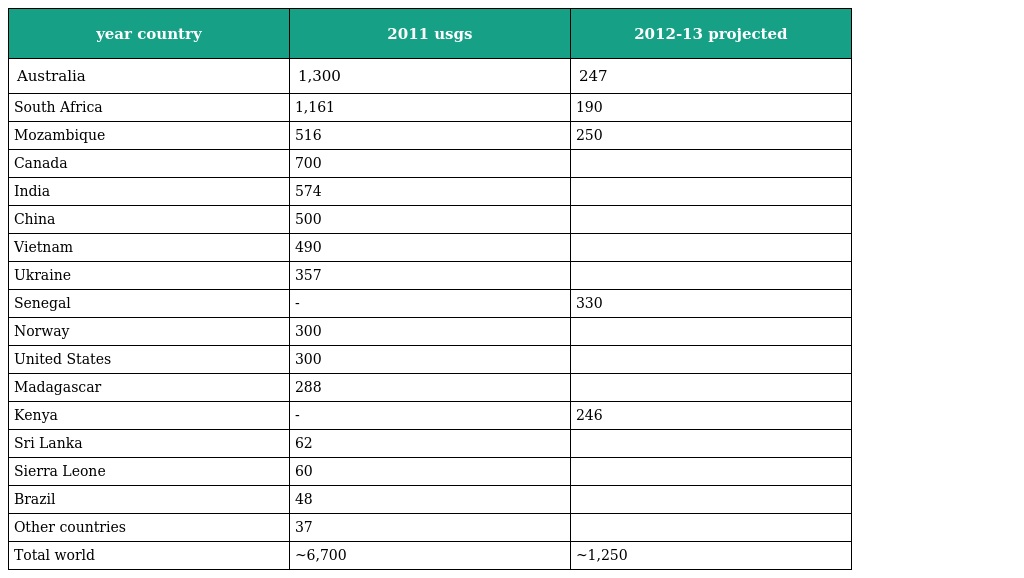
| year country | 2011 usgs | 2012-13 projected |
 | --- | --- | --- |
 | Australia | 1,300 | 247 |
 | South Africa | 1,161 | 190 |
 | Mozambique | 516 | 250 |
 | Canada | 700 |  |
 | India | 574 |  |
 | China | 500 |  |
 | Vietnam | 490 |  |
 | Ukraine | 357 |  |
 | Senegal | - | 330 |
 | Norway | 300 |  |
 | United States | 300 |  |
 | Madagascar | 288 |  |
 | Kenya | - | 246 |
 | Sri Lanka | 62 |  |
 | Sierra Leone | 60 |  |
 | Brazil | 48 |  |
 | Other countries | 37 |  |
 | Total world | ~6,700 | ~1,250 |